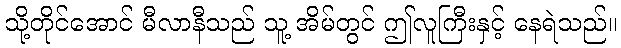
သို့တိုင်အောင် မီလာနီသည် သူ့ အိမ်တွင် ဤလူကြီးနှင့် နေရဲသည်။